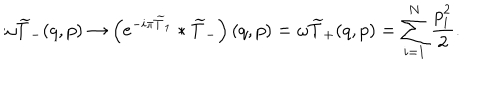
LaTeX: \omega \widetilde { T } _ { - } ( q , p ) \rightarrow \left( \mathrm { e } ^ { - i \pi \widetilde { T } _ { 1 } } \ast \widetilde { T } _ { - } \right) ( q , p ) = \omega \widetilde { T } _ { + } ( q , p ) = \sum _ { i = 1 } ^ { N } \frac { p _ { i } ^ { 2 } } { 2 } .